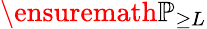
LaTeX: \ensuremath{\mathbb{P}}_{\geq L}